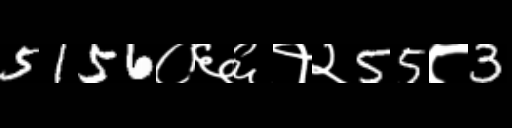
Text: 5156०६६१२55८3